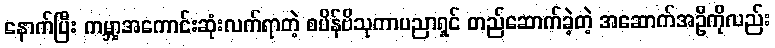
နောက်ပြီး ကမ္ဘာ့အကောင်းဆုံးလက်ရာတဲ့ စပိန်ဗိသုကာပညာရှင် တည်ဆောက်ခဲ့တဲ့ အဆောက်အဦကိုလည်း